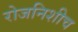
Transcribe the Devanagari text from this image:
रोजनिशीच